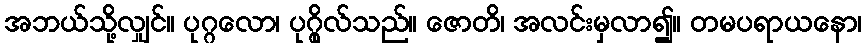
အဘယ်သို့လျှင်။ ပုဂ္ဂလော၊ ပုဂ္ဂိုလ်သည်။ ဇောတိ၊ အလင်းမှလာ၍။ တမပရာယနော၊